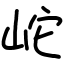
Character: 岮